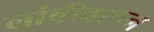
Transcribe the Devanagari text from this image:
लांबीवरून